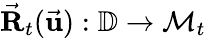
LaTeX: \vec{\mathbf R}_{t}(\vec{\mathbf u}):\mathbb{D}\rightarrow\mathcal{M}_{t}